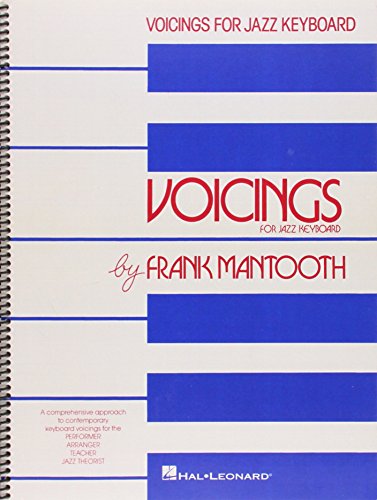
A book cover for Voicings for Jazz Keyboard; Frank Mantooth; Travel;